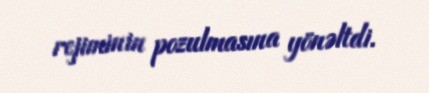
rejiminin pozulmasına yönəltdi.